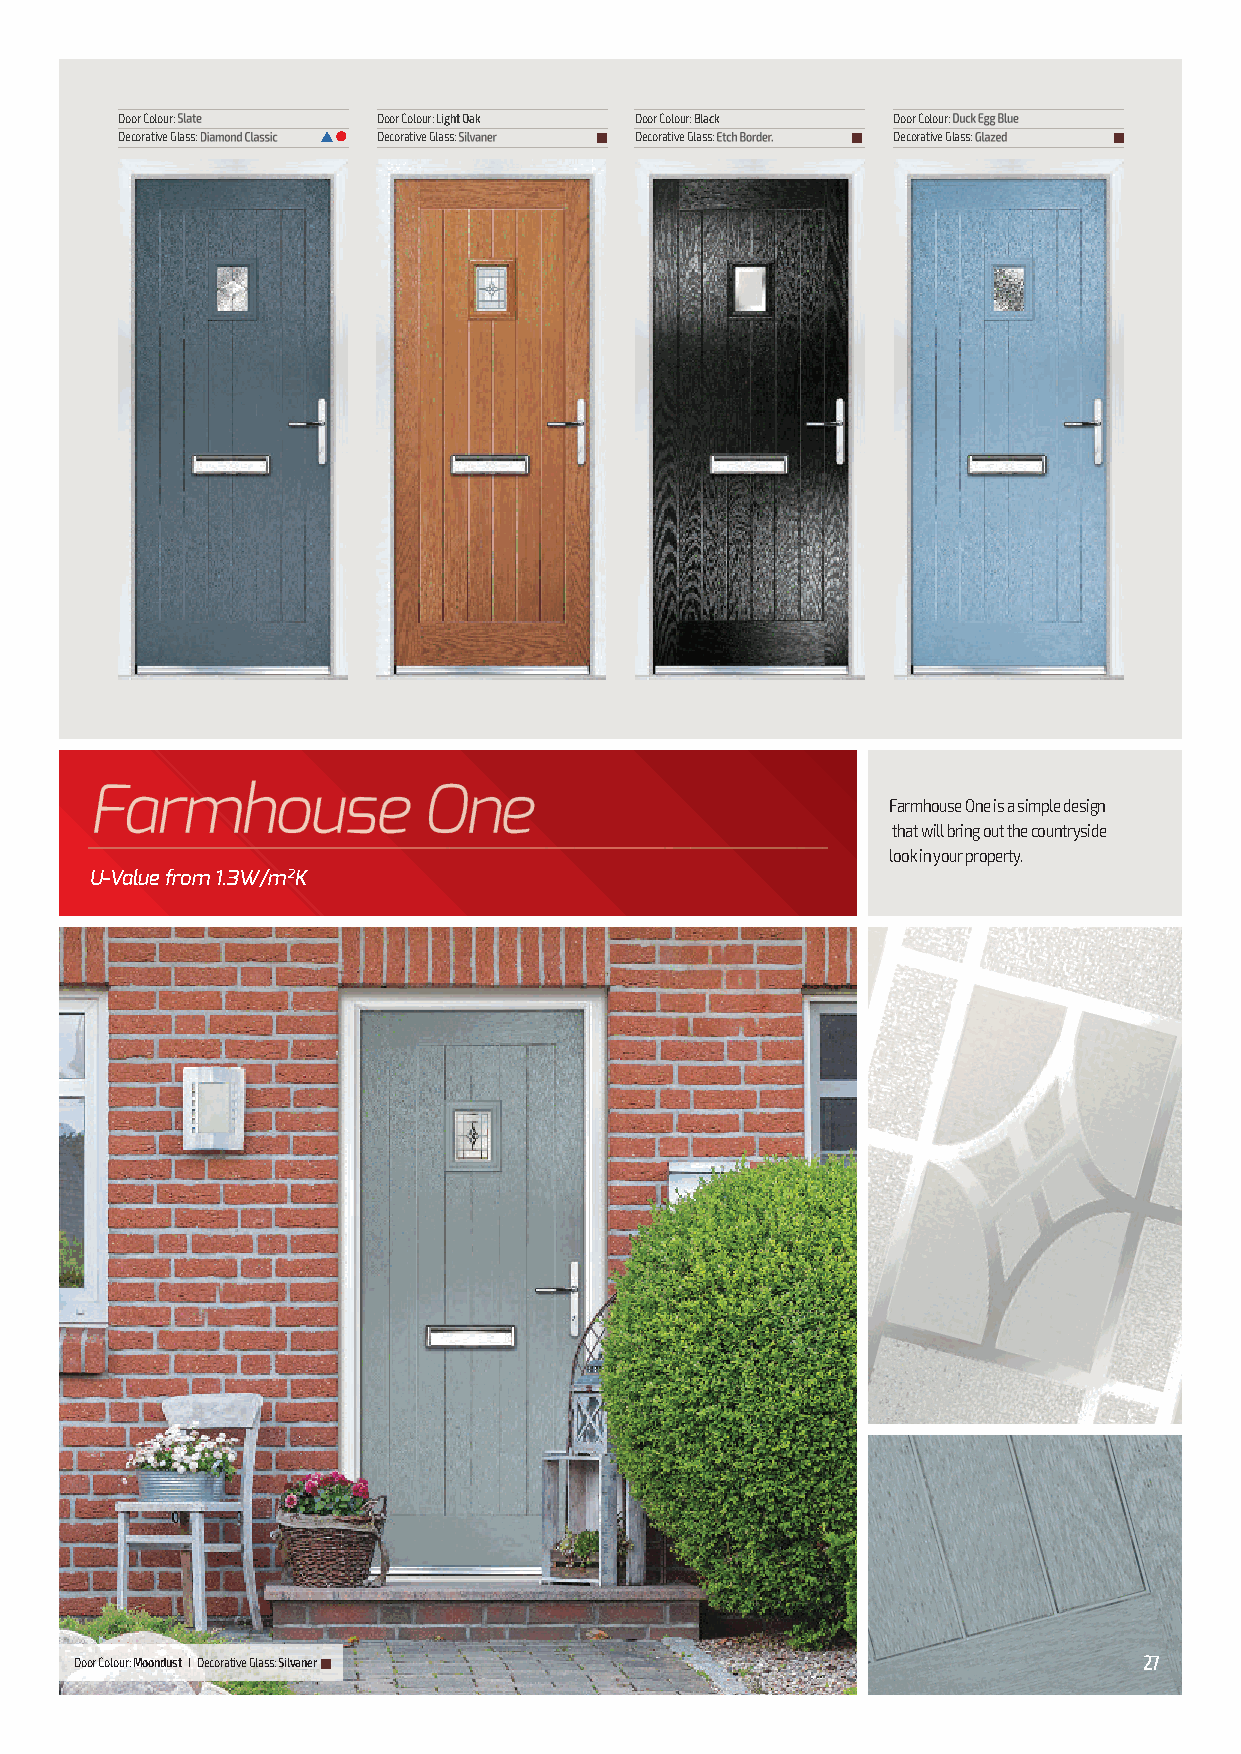
Door Colour:     Door Colour: Light Oak Door Colour: Black Door Colour:
 Decorative Glass: s l Decorative Glass: n Decorative Glass: n Decorative Glass: n
 Farmhouse One is a simple design
 that will bring out the countryside
 look in your property.
 U-Value from 1.3W/m2K
 Door Colour: Moondust I Decorative Glass: Silvanern                    27